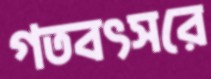
গতবৎসরে